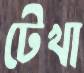
টেখা